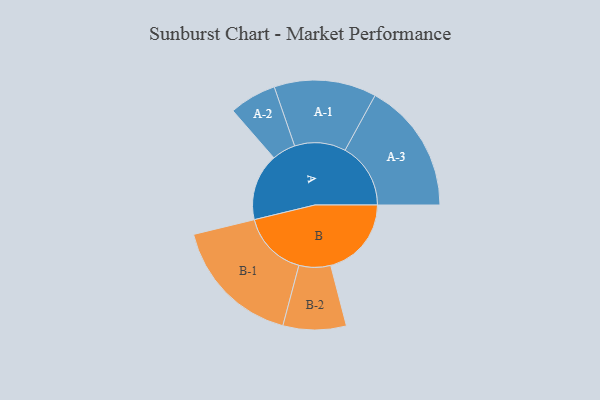
{"axis": {"x": "Segment", "y": "Value"}, "legend": ["", "A", "B"], "data": [{"x": "A", "y": 301, "type": ""}, {"x": "B", "y": 363, "type": ""}, {"x": "A-1", "y": 230, "type": "A"}, {"x": "A-2", "y": 106, "type": "A"}, {"x": "A-3", "y": 295, "type": "A"}, {"x": "B-1", "y": 296, "type": "B"}, {"x": "B-2", "y": 142, "type": "B"}]}